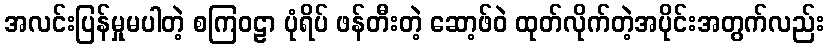
အလင်းပြန်မှုမပါတဲ့ စကြဝဠာ ပုံရိပ် ဖန်တီးတဲ့ ဆော့ဖ်ဝဲ ထုတ်လိုက်တဲ့အပိုင်းအတွက်လည်း